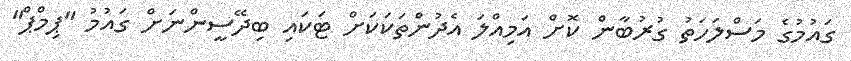
ގައުމުގެ މަސްލަހަތު ގުރުބާން ކޮށް އަމިއްލަ އެދުންތަކަކަށް ޓަކައި ބިދޭސީންނަށް ގައުމު "ޕިމްޕް"